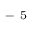
^ { \mathrm { ~ - ~ 5 ~ } }